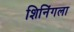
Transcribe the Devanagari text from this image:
शिनिंगला